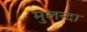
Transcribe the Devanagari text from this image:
मुलन्दा